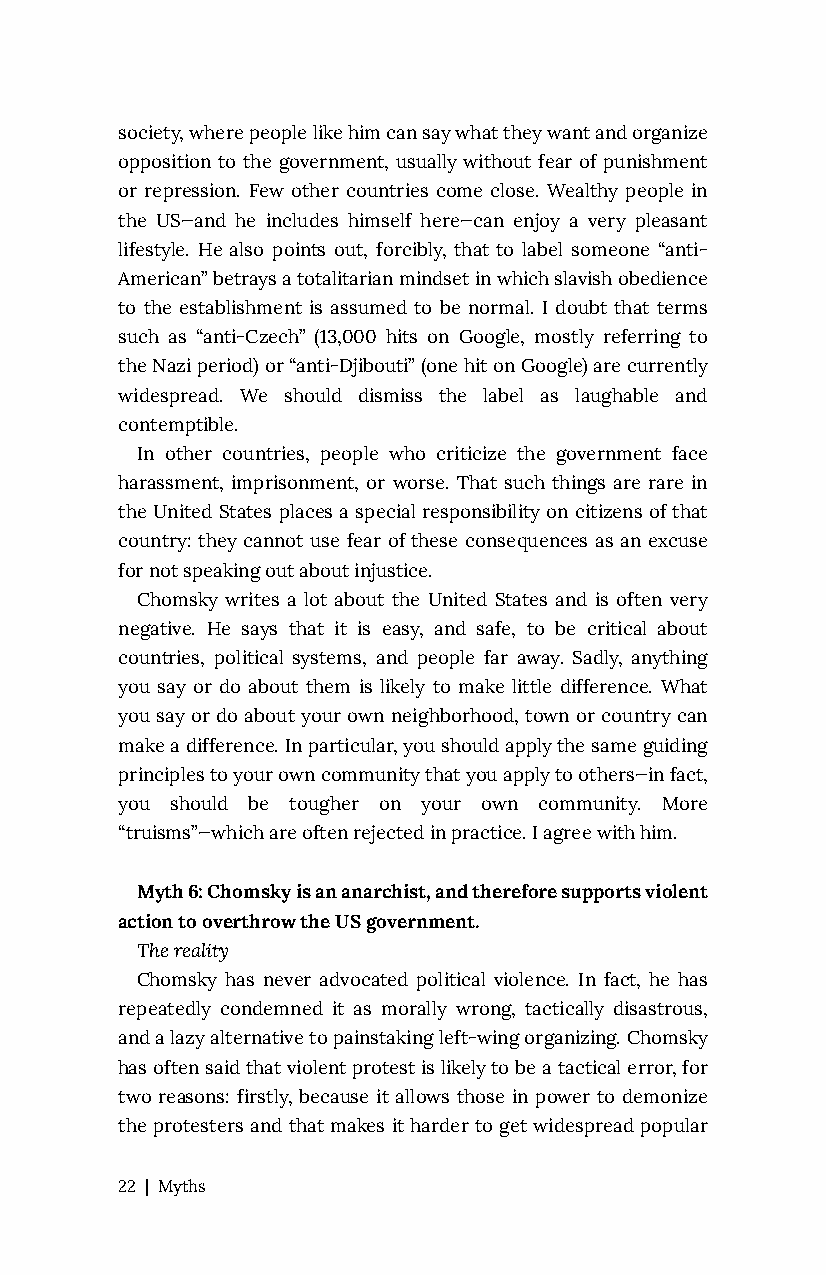
society, where people like him can say what they want and organize
 opposition to the government, usually without fear of punishment
 or repression. Few other countries come close. Wealthy people in
 the US—and he includes himself here—can enjoy a very pleasant
 lifestyle. He also points out, forcibly, that to label someone “anti-
 American” betrays a totalitarian mindset in which slavish obedience
 to the establishment is assumed to be normal. I doubt that terms
 such as “anti-Czech” (13,000 hits on Google, mostly referring to
 the Nazi period) or “anti-Djibouti” (one hit on Google) are currently
 widespread. We should dismiss the label as laughable and
 contemptible.
 In other countries, people who criticize the government face
 harassment, imprisonment, or worse. That such things are rare in
 the United States places a special responsibility on citizens of that
 country: they cannot use fear of these consequences as an excuse
 for not speaking out about injustice.
 Chomsky writes a lot about the United States and is often very
 negative. He says that it is easy, and safe, to be critical about
 countries, political systems, and people far away. Sadly, anything
 you say or do about them is likely to make little difference. What
 you say or do about your own neighborhood, town or country can
 make a difference. In particular, you should apply the same guiding
 principles to your own community that you apply to others—in fact,
 you should be tougher on your own community. More
 “truisms”—which are often rejected in practice. I agree with him.
 Myth 6: Chomsky is an anarchist, and therefore supports violent
 action to overthrow the US government.
 The reality
 Chomsky has never advocated political violence. In fact, he has
 repeatedly condemned it as morally wrong, tactically disastrous,
 and a lazy alternative to painstaking left-wing organizing. Chomsky
 has often said that violent protest is likely to be a tactical error, for
 two reasons: firstly, because it allows those in power to demonize
 the protesters and that makes it harder to get widespread popular
 22 | Myths